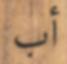
أب